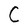
Character: C